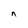
Character: n